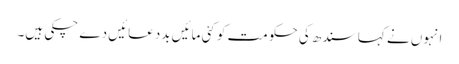
انہوں نے کہا سندھ کی حکومت کو کئی مائیں بددعائیں دے چکی ہیں۔